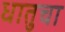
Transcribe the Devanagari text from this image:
धातुचा